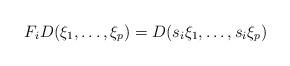
LaTeX: \begin{align*} F_iD(\xi_1,\ldots,\xi_p) = D(s_i\xi_1,\ldots,s_i\xi_p)\end{align*}